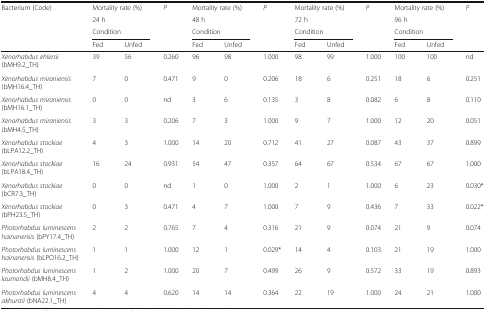
<table><thead><tr><td><b>Bacterium (Code)</b></td><td colspan="2"><b>Mortality rate (%)</b></td><td><b><i>P</i></b></td><td colspan="2"><b>Mortality rate (%)</b></td><td><b><i>P</i></b></td><td colspan="2"><b>Mortality rate (%)</b></td><td><b><i>P</i></b></td><td colspan="2"><b>Mortality rate (%)</b></td><td><b><i>P</i></b></td></tr><tr><td></td><td colspan="2"><b>24 h</b></td><td></td><td colspan="2"><b>48 h</b></td><td></td><td colspan="2"><b>72 h</b></td><td></td><td colspan="2"><b>96 h</b></td><td></td></tr><tr><td></td><td colspan="2"><b>Condition</b></td><td></td><td colspan="2"><b>Condition</b></td><td></td><td colspan="2"><b>Condition</b></td><td></td><td colspan="2"><b>Condition</b></td><td></td></tr><tr><td></td><td><b>Fed</b></td><td><b>Unfed</b></td><td></td><td><b>Fed</b></td><td><b>Unfed</b></td><td></td><td><b>Fed</b></td><td><b>Unfed</b></td><td></td><td><b>Fed</b></td><td><b>Unfed</b></td><td></td></tr></thead><tbody><tr><td><i>Xenorhabdus ehlersii</i> (bMH9.2_TH)</td><td>39</td><td>56</td><td>0.260</td><td>96</td><td>98</td><td>1.000</td><td>98</td><td>99</td><td>1.000</td><td>100</td><td>100</td><td>nd</td></tr><tr><td><i>Xenorhabdus miraniensis</i> (bMH16.4_TH)</td><td>7</td><td>0</td><td>0.471</td><td>9</td><td>0</td><td>0.206</td><td>18</td><td>6</td><td>0.251</td><td>18</td><td>6</td><td>0.251</td></tr><tr><td><i>Xenorhabdus miraniensis</i> (bMH16.1_TH)</td><td>0</td><td>0</td><td>nd</td><td>3</td><td>6</td><td>0.135</td><td>3</td><td>8</td><td>0.082</td><td>6</td><td>8</td><td>0.110</td></tr><tr><td><i>Xenorhabdus miraniensis</i> (bMH4.5_TH)</td><td>3</td><td>3</td><td>0.206</td><td>7</td><td>3</td><td>1.000</td><td>9</td><td>7</td><td>1.000</td><td>12</td><td>20</td><td>0.051</td></tr><tr><td><i>Xenorhabdus stockiae</i> (bLPA12.2_TH)</td><td>4</td><td>3</td><td>1.000</td><td>14</td><td>20</td><td>0.712</td><td>41</td><td>27</td><td>0.087</td><td>43</td><td>37</td><td>0.899</td></tr><tr><td><i>Xenorhabdus stockiae</i> (bLPA18.4_TH)</td><td>16</td><td>24</td><td>0.931</td><td>54</td><td>47</td><td>0.357</td><td>64</td><td>67</td><td>0.534</td><td>67</td><td>67</td><td>1.000</td></tr><tr><td><i>Xenorhabdus stockiae</i> (bCR7.3_TH)</td><td>0</td><td>0</td><td>nd</td><td>1</td><td>0</td><td>1.000</td><td>2</td><td>1</td><td>1.000</td><td>6</td><td>23</td><td>0.030*</td></tr><tr><td><i>Xenorhabdus stockiae</i> (bPH23.5_TH)</td><td>0</td><td>3</td><td>0.471</td><td>4</td><td>7</td><td>1.000</td><td>7</td><td>9</td><td>0.436</td><td>7</td><td>33</td><td>0.022*</td></tr><tr><td><i>Photorhabdus luminescens hainanensis</i> (bPY17.4_TH)</td><td>2</td><td>2</td><td>0.765</td><td>7</td><td>4</td><td>0.316</td><td>21</td><td>9</td><td>0.074</td><td>21</td><td>9</td><td>0.074</td></tr><tr><td><i>Photorhabdus luminescens hainanensis</i> (bLPO16.2_TH)</td><td>1</td><td>1</td><td>1.000</td><td>12</td><td>1</td><td>0.029*</td><td>14</td><td>4</td><td>0.103</td><td>21</td><td>19</td><td>1.000</td></tr><tr><td><i>Photorhabdus luminescens laumondii</i> (bMH8.4_TH)</td><td>1</td><td>2</td><td>1.000</td><td>20</td><td>7</td><td>0.499</td><td>26</td><td>9</td><td>0.572</td><td>33</td><td>19</td><td>0.893</td></tr><tr><td><i>Photorhabdus luminescens akhurstii</i> (bNA22.1_TH)</td><td>4</td><td>4</td><td>0.620</td><td>14</td><td>14</td><td>0.364</td><td>22</td><td>19</td><td>1.000</td><td>24</td><td>21</td><td>1.000</td></tr></tbody></table>